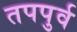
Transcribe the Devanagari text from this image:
तपपुर्व